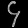
Digit: ၄